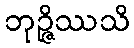
ဘုဉ္ဇိဿသိ